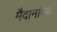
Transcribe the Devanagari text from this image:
मैदानांपकी